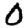
Digit: 0